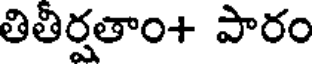
తితిర్షతాం+ పారం